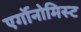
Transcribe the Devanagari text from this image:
एर्गोनोमिस्ट